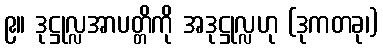
၉။ ဒုဋ္ဌုလ္လအာပတ္တိကို အဒုဋ္ဌုလ္လဟု (ဒုကတခု၊)